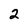
Character: 2